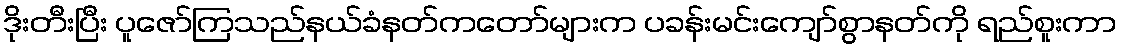
ဒိုးတီးပြီး ပူဇော်ကြသည်နယ်ခံနတ်ကတော်များက ပခန်းမင်းကျော်စွာနတ်ကို ရည်စူးကာ